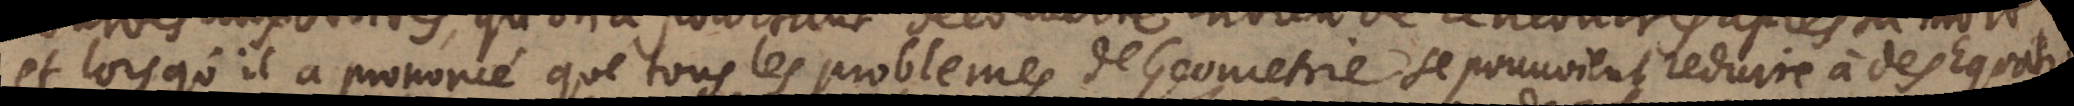
et lors qu’il a prononce ´ que tous les problemes de Geometrie se pouvoient reduire à des Equations